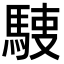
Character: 𩣬